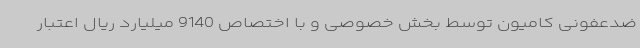
ضدعفونی کامیون توسط بخش خصوصی و با اختصاص 9140 میلیارد ریال اعتبار